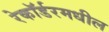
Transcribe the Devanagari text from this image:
रेकॉर्डरमधील